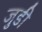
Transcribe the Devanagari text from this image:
जुडी